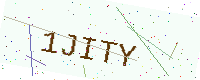
Text: 1JITY